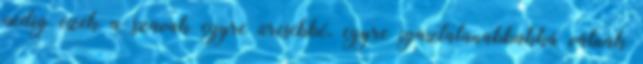
pedig ezek a szavak egyre üresebbé, egyre igaztalanabbakká válnak